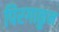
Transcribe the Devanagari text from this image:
पिरगाळुन